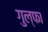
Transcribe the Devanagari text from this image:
गुल्फा